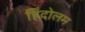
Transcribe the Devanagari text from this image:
हिंदोलम